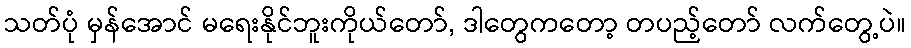
သတ်ပုံ မှန်အောင် မရေးနိုင်ဘူးကိုယ်တော်, ဒါတွေကတော့ တပည့်တော် လက်တွေ့ပဲ။